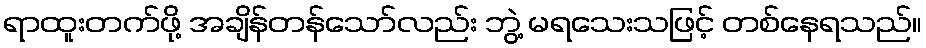
ရာထူးတက်ဖို့ အချိန်တန်သော်လည်း ဘွဲ့ မရသေးသဖြင့် တစ်နေရသည်။